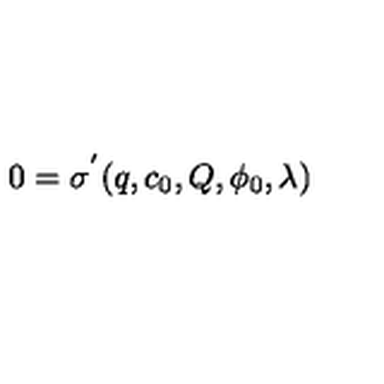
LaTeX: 0 = \sigma ^ { ' } ( q , c _ { 0 } , Q , \phi _ { 0 } , \lambda )